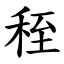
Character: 秷